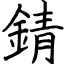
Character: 錆